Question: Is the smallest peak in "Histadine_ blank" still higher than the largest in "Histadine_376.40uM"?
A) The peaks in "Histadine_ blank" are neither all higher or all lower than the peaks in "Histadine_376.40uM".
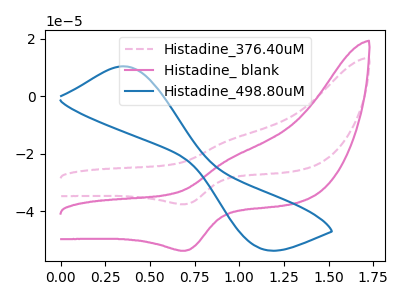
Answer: <think>The pink dashed curve "Histadine_376.40uM" has an anodic peak at (0.95V, -14.90uA) and a cathodic peak at (0.70V, -37.55uA). The pink curve "Histadine_ blank" has an anodic peak at (0.95V, -21.30uA) and a cathodic peak at (0.70V, -53.75uA). The blue curve "Histadine_498.80uM" has an anodic peak at (0.35V, 10.45uA) and a cathodic peak at (1.10V, -52.90uA).</think>
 <answer>A) The peaks in "Histadine_ blank" are neither all higher or all lower than the peaks in "Histadine_376.40uM".</answer>
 <eval>A</eval>